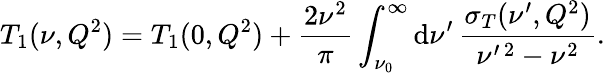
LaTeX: T_{1}(\nu,Q^{2})=T_{1}(0,Q^{2})+\frac{2\nu^{2}}{\pi}\int_{\nu_{0}}^{\infty}\mathrm{d}\nu^{\prime}\, \frac{\sigma_{T}(\nu^{\prime},Q^{2})}{\nu^{\prime\, 2}-\nu^{2}}.